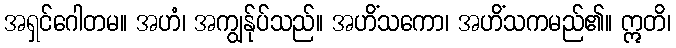
အရှင်ဂေါတမ။ အဟံ၊ အကျွန်ုပ်သည်။ အဟိံသကော၊ အဟိံသကမည်၏။ ဣတိ၊